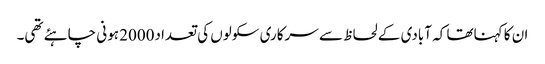
ان کا کہناتھا کہ آبادی کے لحاظ سے سرکاری سکولوں کی تعداد2000 ہونی چاہئے تھی۔